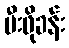
မီးဖိုခန်း